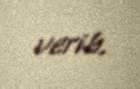
verib.